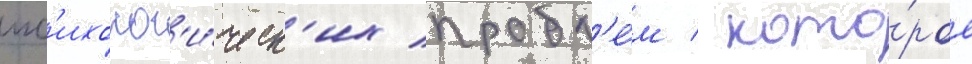
пс'ихолог'и́ческ'их пробл'е́м / кото́рое